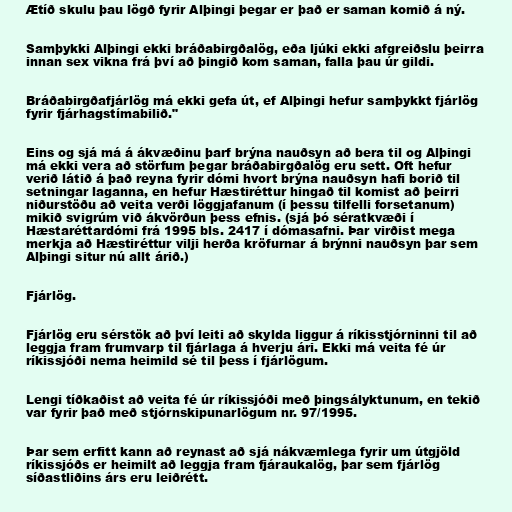
Ætíð skulu þau lögð fyrir Alþingi þegar er það er saman komið á ný.

Samþykki Alþingi ekki bráðabirgðalög, eða ljúki ekki afgreiðslu þeirra
innan sex vikna frá því að þingið kom saman, falla þau úr gildi.

Bráðabirgðafjárlög má ekki gefa út, ef Alþingi hefur samþykkt fjárlög
fyrir fjárhagstímabilið."

Eins og sjá má á ákvæðinu þarf brýna nauðsyn að bera til og Alþingi
má ekki vera að störfum þegar bráðabirgðalög eru sett. Oft hefur
verið látið á það reyna fyrir dómi hvort brýna nauðsyn hafi borið til
setningar laganna, en hefur Hæstiréttur hingað til komist að þeirri
niðurstöðu að veita verði löggjafanum (í þessu tilfelli forsetanum)
mikið svigrúm við ákvörðun þess efnis. (sjá þó sératkvæði í
Hæstaréttardómi frá 1995 bls. 2417 í dómasafni. Þar virðist mega
merkja að Hæstiréttur vilji herða kröfurnar á brýnni nauðsyn þar sem
Alþingi situr nú allt árið.)

Fjárlög.

Fjárlög eru sérstök að því leiti að skylda liggur á ríkisstjórninni til að
leggja fram frumvarp til fjárlaga á hverju ári. Ekki má veita fé úr
ríkissjóði nema heimild sé til þess í fjárlögum.

Lengi tíðkaðist að veita fé úr ríkissjóði með þingsályktunum, en tekið
var fyrir það með stjórnskipunarlögum nr. 97/1995.

Þar sem erfitt kann að reynast að sjá nákvæmlega fyrir um útgjöld
ríkissjóðs er heimilt að leggja fram fjáraukalög, þar sem fjárlög
síðastliðins árs eru leiðrétt.